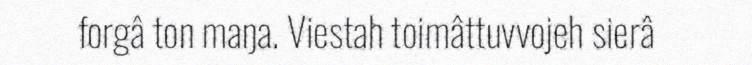
forgâ ton maŋa. Viestah toimâttuvvojeh sierâ